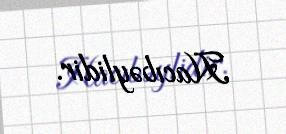
Hacıbəylidir.